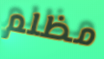
مظلم